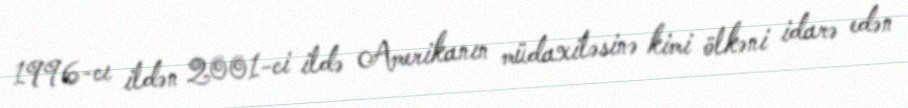
1996-cı ildən 2001-ci ildə Amerikanın müdaxiləsinə kimi ölkəni idarə edən